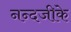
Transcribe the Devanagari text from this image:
नन्दजीके